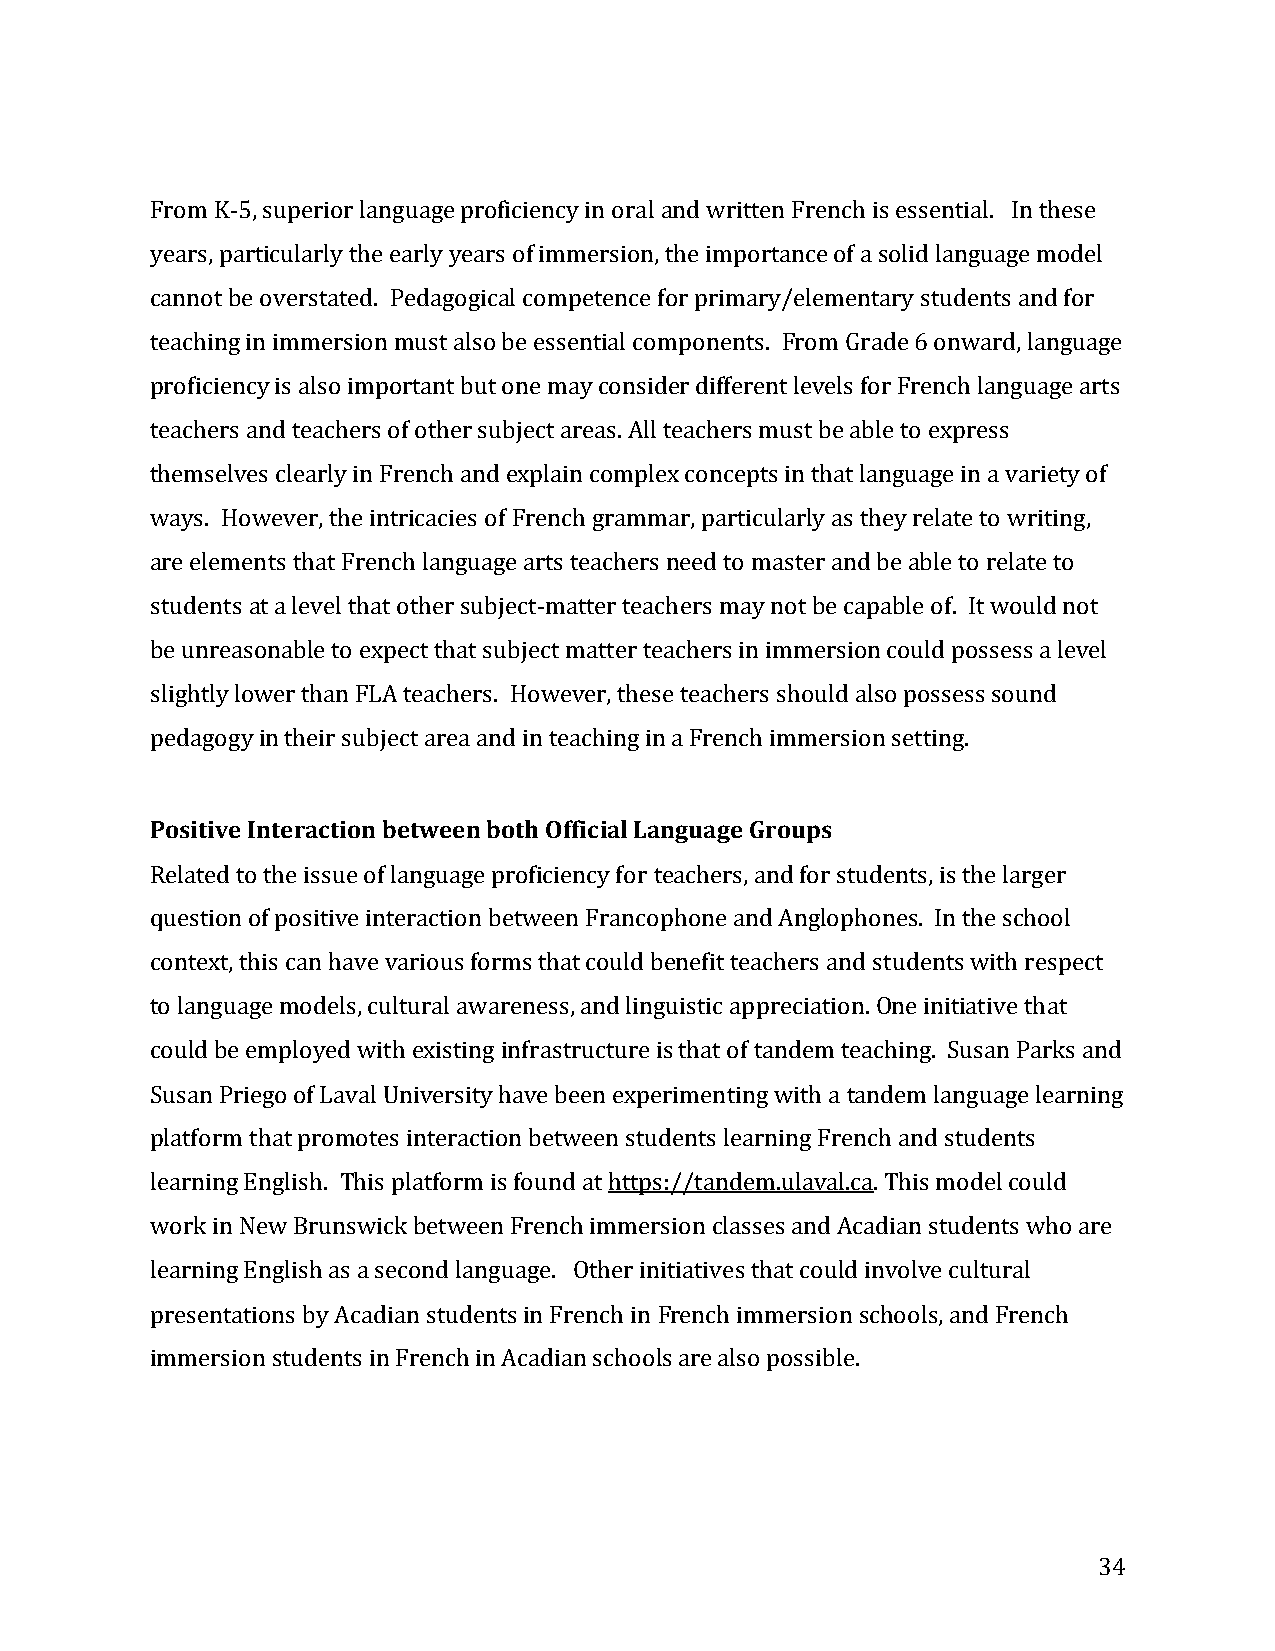
From K-5, superior language proficiency in oral and written French is essential. In these
 years, particularly the early years of immersion, the importance of a solid language model
 cannot be overstated. Pedagogical competence for primary/elementary students and for
 teaching in immersion must also be essential components. From Grade 6 onward, language
 proficiency is also important but one may consider different levels for French language arts
 teachers and teachers of other subject areas. All teachers must be able to express
 themselves clearly in French and explain complex concepts in that language in a variety of
 ways. However, the intricacies of French grammar, particularly as they relate to writing,
 are elements that French language arts teachers need to master and be able to relate to
 students at a level that other subject-matter teachers may not be capable of. It would not
 be unreasonable to expect that subject matter teachers in immersion could possess a level
 slightly lower than FLA teachers. However, these teachers should also possess sound
 pedagogy in their subject area and in teaching in a French immersion setting.
 Positive Interaction between both Official Language Groups
 Related to the issue of language proficiency for teachers, and for students, is the larger
 question of positive interaction between Francophone and Anglophones. In the school
 context, this can have various forms that could benefit teachers and students with respect
 to language models, cultural awareness, and linguistic appreciation. One initiative that
 could be employed with existing infrastructure is that of tandem teaching. Susan Parks and
 Susan Priego of Laval University have been experimenting with a tandem language learning
 platform that promotes interaction between students learning French and students
 learning English. This platform is found at https://tandem.ulaval.ca. This model could
 work in New Brunswick between French immersion classes and Acadian students who are
 learning English as a second language. Other initiatives that could involve cultural
 presentations by Acadian students in French in French immersion schools, and French
 immersion students in French in Acadian schools are also possible.
 34